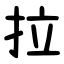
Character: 拉